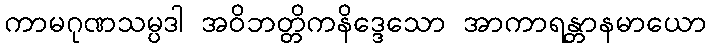
ကာမဂုဏသမ္ပဒါ အဝိဘတ္တိကနိဒ္ဒေသော အာကာရန္တာနမာယော